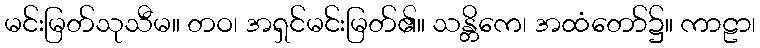
မင်းမြတ်သုသီမ။ တဝ၊ အရှင်မင်းမြတ်၏။ သန္တိကေ၊ အထံတော်၌။ ကာဠာ၊